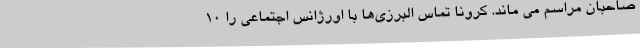
صاحبان مراسم می ماند. کرونا تماس البرزی‌ها با اورژانس اجتماعی را 10